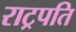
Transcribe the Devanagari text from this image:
राट्रपति